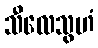
သီလေသွဟံ